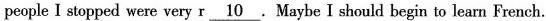
people I stopped were very r\underline{10}.Maybe I should begin to learn French.